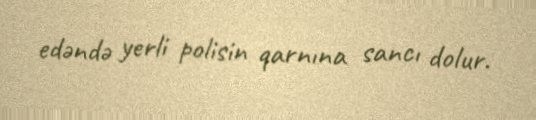
edəndə yerli polisin qarnına sancı dolur.